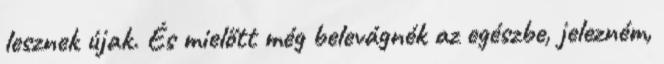
lesznek újak. És mielőtt még belevágnék az egészbe, jelezném,